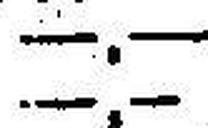
—.—